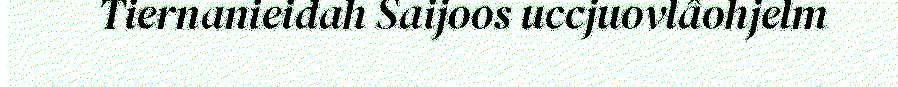
Tiernanieidah Saijoos uccjuovlâohjelm